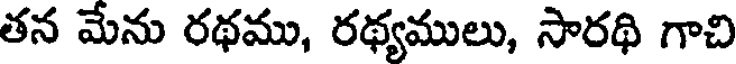
తన మేను రథము, రథ్యములు, సారథి గాచి